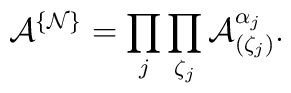
{\mathcal A}^{\{{\mathcal N}\}}=\prod\limits_j\prod_{\zeta_j}{\mathcal A}^{\alpha_j}_{(\zeta_j)}.